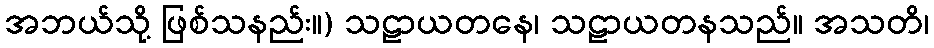
အဘယ်သို့ ဖြစ်သနည်း။) သဠာယတနေ၊ သဠာယတနသည်။ အသတိ၊